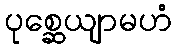
ပုစ္ဆေယျာမဟံ